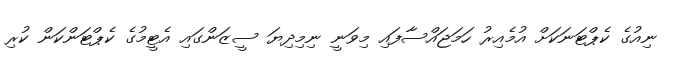
ނިއުގެ ކެޕްޓަނަކަށް އުމެއިރު ހަމަޖައްސާފައި މިވަނީ ނިމިދިޔަ ސީޒަންގައި އެޓީމުގެ ކެޕްޓަންކަން ކުރި